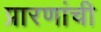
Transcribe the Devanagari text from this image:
प्रारणांची